King Institute of Preventive Medicine Micro-Biological Section reports 1909-11
Year: 1909
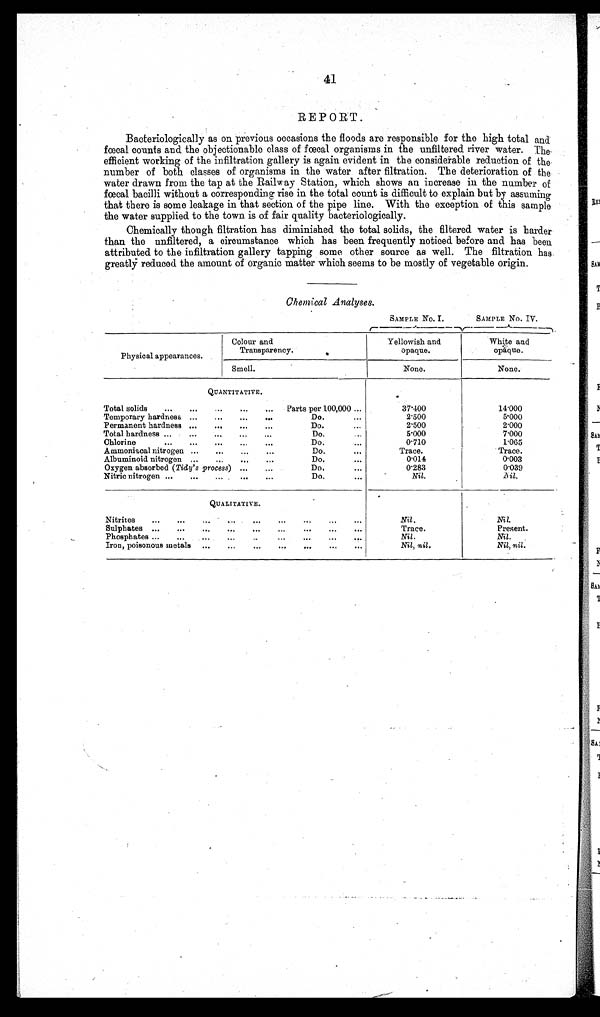
41
REPORT.
Bacteriologically as on previous occasions the floods are responsible for the high total and
fœcal counts and the objectionable class of fœcal organisms in the unfiltered river water. The
efficient working of the infiltration gallery is again evident in the considerable reduction of the
number of both classes of organisms in the water after filtration. The deterioration of the
water drawn from the tap at the Railway Station, which shows an increase in the number of
fœcal bacilli without a corresponding rise in the total count is difficult to explain but by assuming
that there is some leakage in that section of the pipe line. With the exception of this sample
the water supplied to the town is of fair quality bacteriologically.
Chemically though filtration has diminished the total solids, the filtered water is harder
than the unfiltered, a circumstance which has been frequently noticed before and has been
attributed to the infiltration gallery tapping some other source as well. The filtration has .
greatly reduced the amount of organic matter which seems to be mostly of vegetable origin.
Chemical Analyses.
SAMPLE No. I.
SAMPLE No. IV.
phisical appearences.
Colour and
Transparency
Yellowish and
opaque.
White and
o p a q u e .
Smell.
None.
None.
QUANTITATIVE.
Total solids
Parts per 100,000
3 7 · 4 0 0
1 4 · 0 0 0
Temporary hardness
Do.
2·500
5·000
Permanent hardness
Do.
2·500
2·000
Total hardness
Do.
5·000
7·000
Chlorine
Do.
0·710
1·065
Ammoniacal nitrogen
Do .
Trace.
Trace.
Albuminoid nitrogen
Do.
0·014
0·003
Oxygen absorbed (Tidy' s process)
Do.
0·283
0·039
Nitric nitrogen
Do.
Nil.
Nil.
Nitrites
Nil.
Nil.
Sulphates
Trace.
Present.
Phosphates
Nil.
Nil.
Iron, poisonous metals
Nil, nil.
Nil, nil.